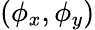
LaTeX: (\phi_{x},\phi_{y})